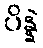
ပိန္နဲ